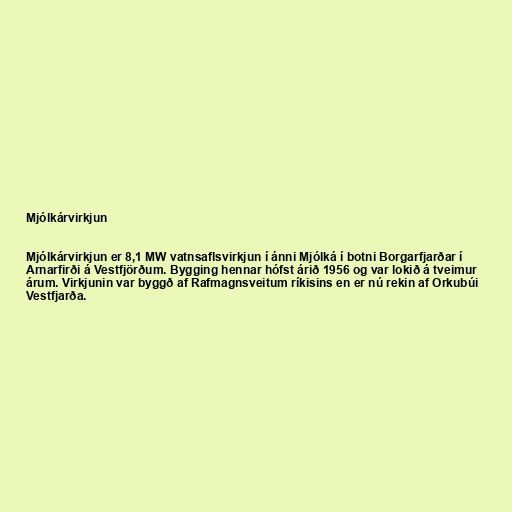
Mjólkárvirkjun

Mjólkárvirkjun er 8,1 MW vatnsaflsvirkjun í ánni Mjólká í botni Borgarfjarðar í
Arnarfirði á Vestfjörðum. Bygging hennar hófst árið 1956 og var lokið á tveimur
árum. Virkjunin var byggð af Rafmagnsveitum ríkisins en er nú rekin af Orkubúi
Vestfjarða.